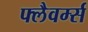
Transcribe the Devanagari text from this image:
फ्लैवर्म्स